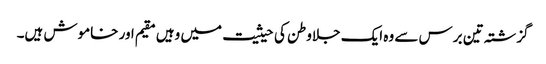
گزشتہ تین برس سے وہ ایک جلاوطن کی حیثیت میں وہیں مقیم اور خاموش ہیں۔